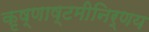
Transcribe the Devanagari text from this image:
कृष्णाष्टमीनिर्णय